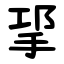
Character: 㧭